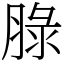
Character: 䐂